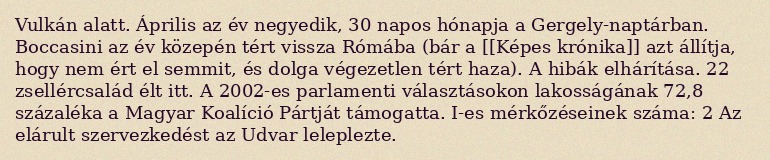
Vulkán alatt. Április az év negyedik, 30 napos hónapja a Gergely-naptárban. Boccasini az év közepén tért vissza Rómába (bár a [[Képes krónika]] azt állítja, hogy nem ért el semmit, és dolga végezetlen tért haza). A hibák elhárítása. 22 zsellércsalád élt itt. A 2002-es parlamenti választásokon lakosságának 72,8 százaléka a Magyar Koalíció Pártját támogatta. I-es mérkőzéseinek száma: 2 Az elárult szervezkedést az Udvar leleplezte.